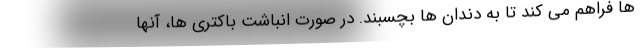
ها فراهم می کند تا به دندان ها بچسبند. در صورت انباشت باکتری ها، آنها